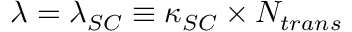
\lambda = \lambda _ { S C } \equiv \kappa _ { S C } \times N _ { t r a n s }